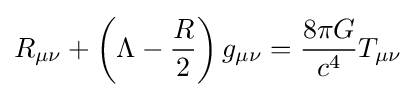
R_{\mu \nu }+\left(\Lambda -{\frac {R}{2}}\right)g_{\mu \nu }={\frac {8\pi G}{c^{4}}}T_{\mu \nu }\,\!